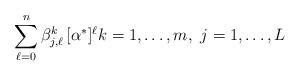
LaTeX: \begin{align*} \sum_{\ell = 0}^{n} \beta_{j, \ell}^k\, [\alpha^*]^\ell k=1, \ldots, m,\ j=1, \ldots, L\end{align*}